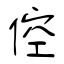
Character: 倥